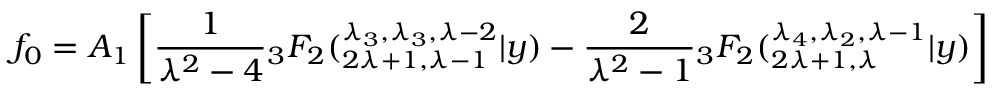
f _ { 0 } = A _ { 1 } \left[ \frac { 1 } { \lambda ^ { 2 } - 4 } { } _ { 3 } F _ { 2 } ( _ { 2 \lambda + 1 , \lambda - 1 } ^ { \lambda _ { 3 } , \lambda _ { 3 } , \lambda - 2 } | y ) - \frac { 2 } { \lambda ^ { 2 } - 1 } { } _ { 3 } F _ { 2 } ( _ { 2 \lambda + 1 , \lambda } ^ { \lambda _ { 4 } , \lambda _ { 2 } , \lambda - 1 } | y ) \right]